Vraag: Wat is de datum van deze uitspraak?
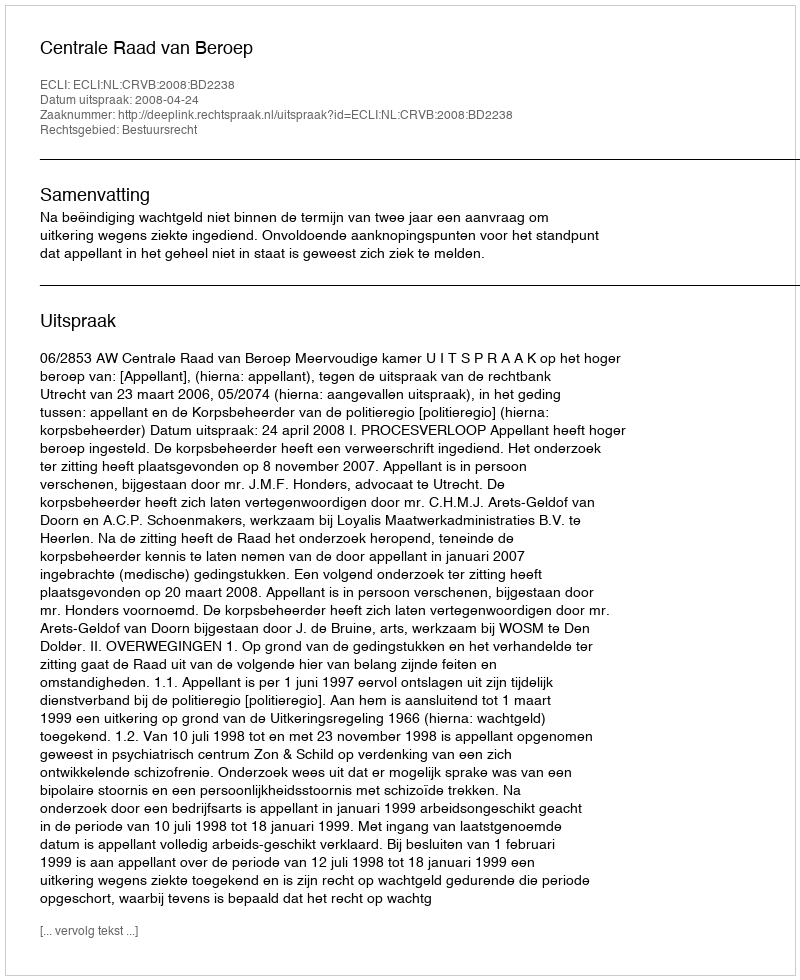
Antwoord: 2008-04-24